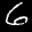
Label: 6